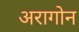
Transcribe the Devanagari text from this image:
अरागोन